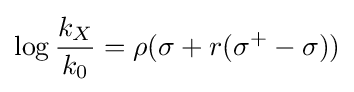
\log {\frac {k_{X}}{k_{0}}}=\rho (\sigma +r(\sigma ^{+}-\sigma ))